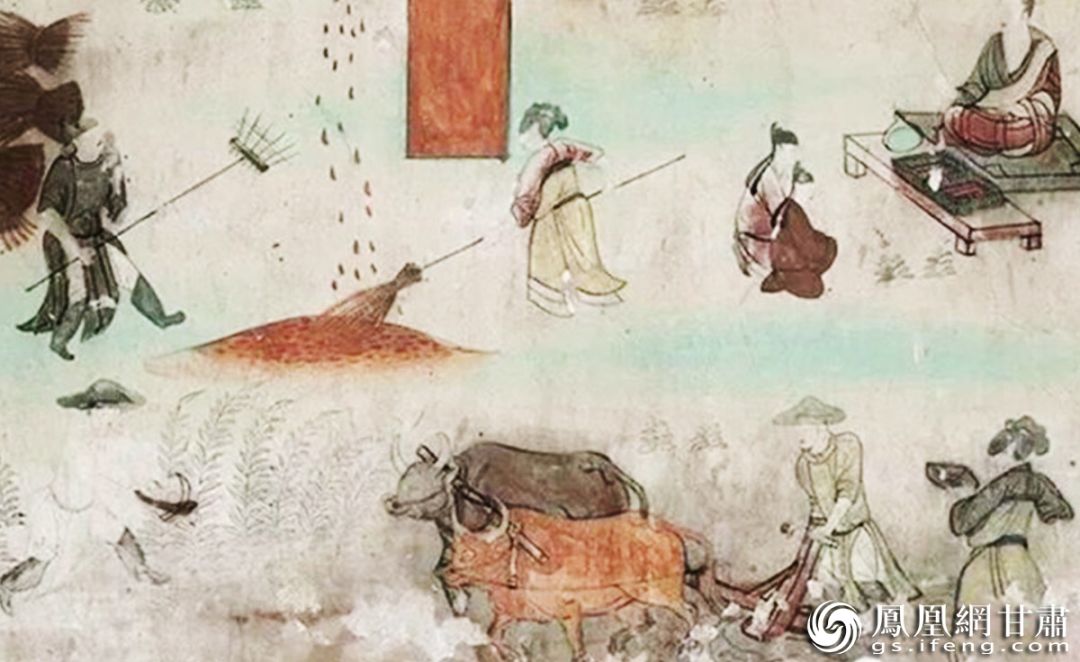
布谷飞飞劝早耕，舂锄扑扑趁春睛。